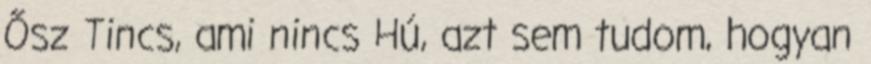
Ősz Tincs, ami nincs Hú, azt sem tudom, hogyan